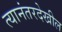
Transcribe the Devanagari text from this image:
त्यानंतरदेखील